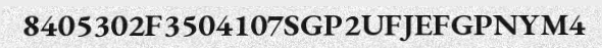
8405302F3504107SGP2UFJEFGPNYM4